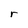
Character: r